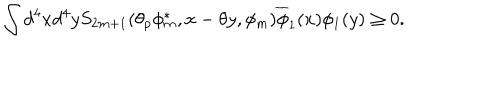
\int d ^ { 4 } x d ^ { 4 } y S _ { 2 m + 1 } ( \theta _ { p } \phi _ { m } ^ { \ast } , x - \theta y , \phi _ { m } ) \overline { { { \phi } } } _ { 1 } ( x ) \phi _ { 1 } ( y ) \geq 0 .